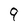
Character: 9